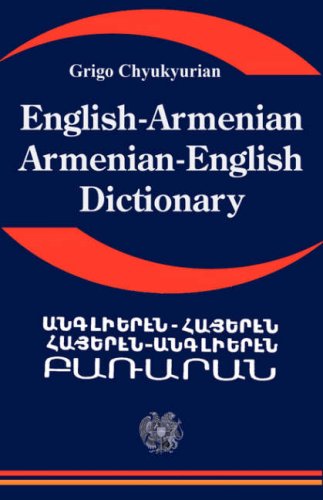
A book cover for English Armenian; Armenian English Dictionary: A Dictionary of the Armenian Language; Grigo Chyukyurian; Travel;